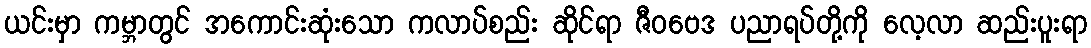
ယင်းမှာ ကမ္ဘာတွင် အကောင်းဆုံးသော ကလာပ်စည်း ဆိုင်ရာ ဇီဝဗေဒ ပညာရပ်တို့ကို လေ့လာ ဆည်းပူးရာ